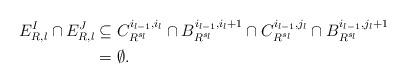
LaTeX: \begin{align*} E^I_{R, l} \cap E^J_{R, l} &\subseteq C^{i_{l - 1}, i_{l}}_{R^{s_l}} \cap B^{i_{l - 1}, i_l + 1}_{R^{s_l}} \cap C^{i_{l - 1}, j_{l}}_{R^{s_l}} \cap B^{i_{l - 1}, j_l + 1}_{R^{s_l}} \\ &= \emptyset. \end{align*}